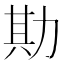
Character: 𫦮